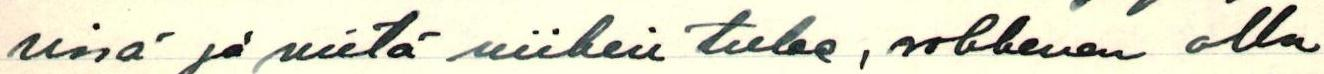
sissä ja mitä siihen tulee, rohkenen olla